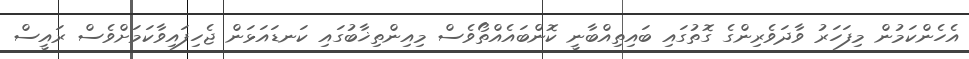
އެހެންކަމުން މިފަހަރު ވާދަވެރިންގެ ގޮތުގައި ބައިތިއްބާނީ ކޮންބައެއްތޯވެސް މިއިންތިޚާބުގައި ކަނޑައަޅަން ޖެހިފައިވާކަމަށްވެސް ރައީސް